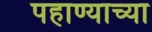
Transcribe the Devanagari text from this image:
पहाण्याच्या